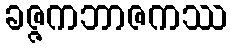
ခဇ္ဇကဘာဇကဿ